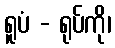
ရူပံ - ရုပ်ကို၊